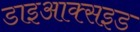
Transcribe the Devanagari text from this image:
डाइआक्सइड